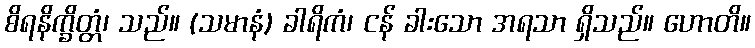
စိရနိက္ခိတ္တံ၊ သည်။ (သမာနံ) ခါရိကံ၊ ငန် ခါးသော အရသာ ရှိသည်။ ဟောတိ။